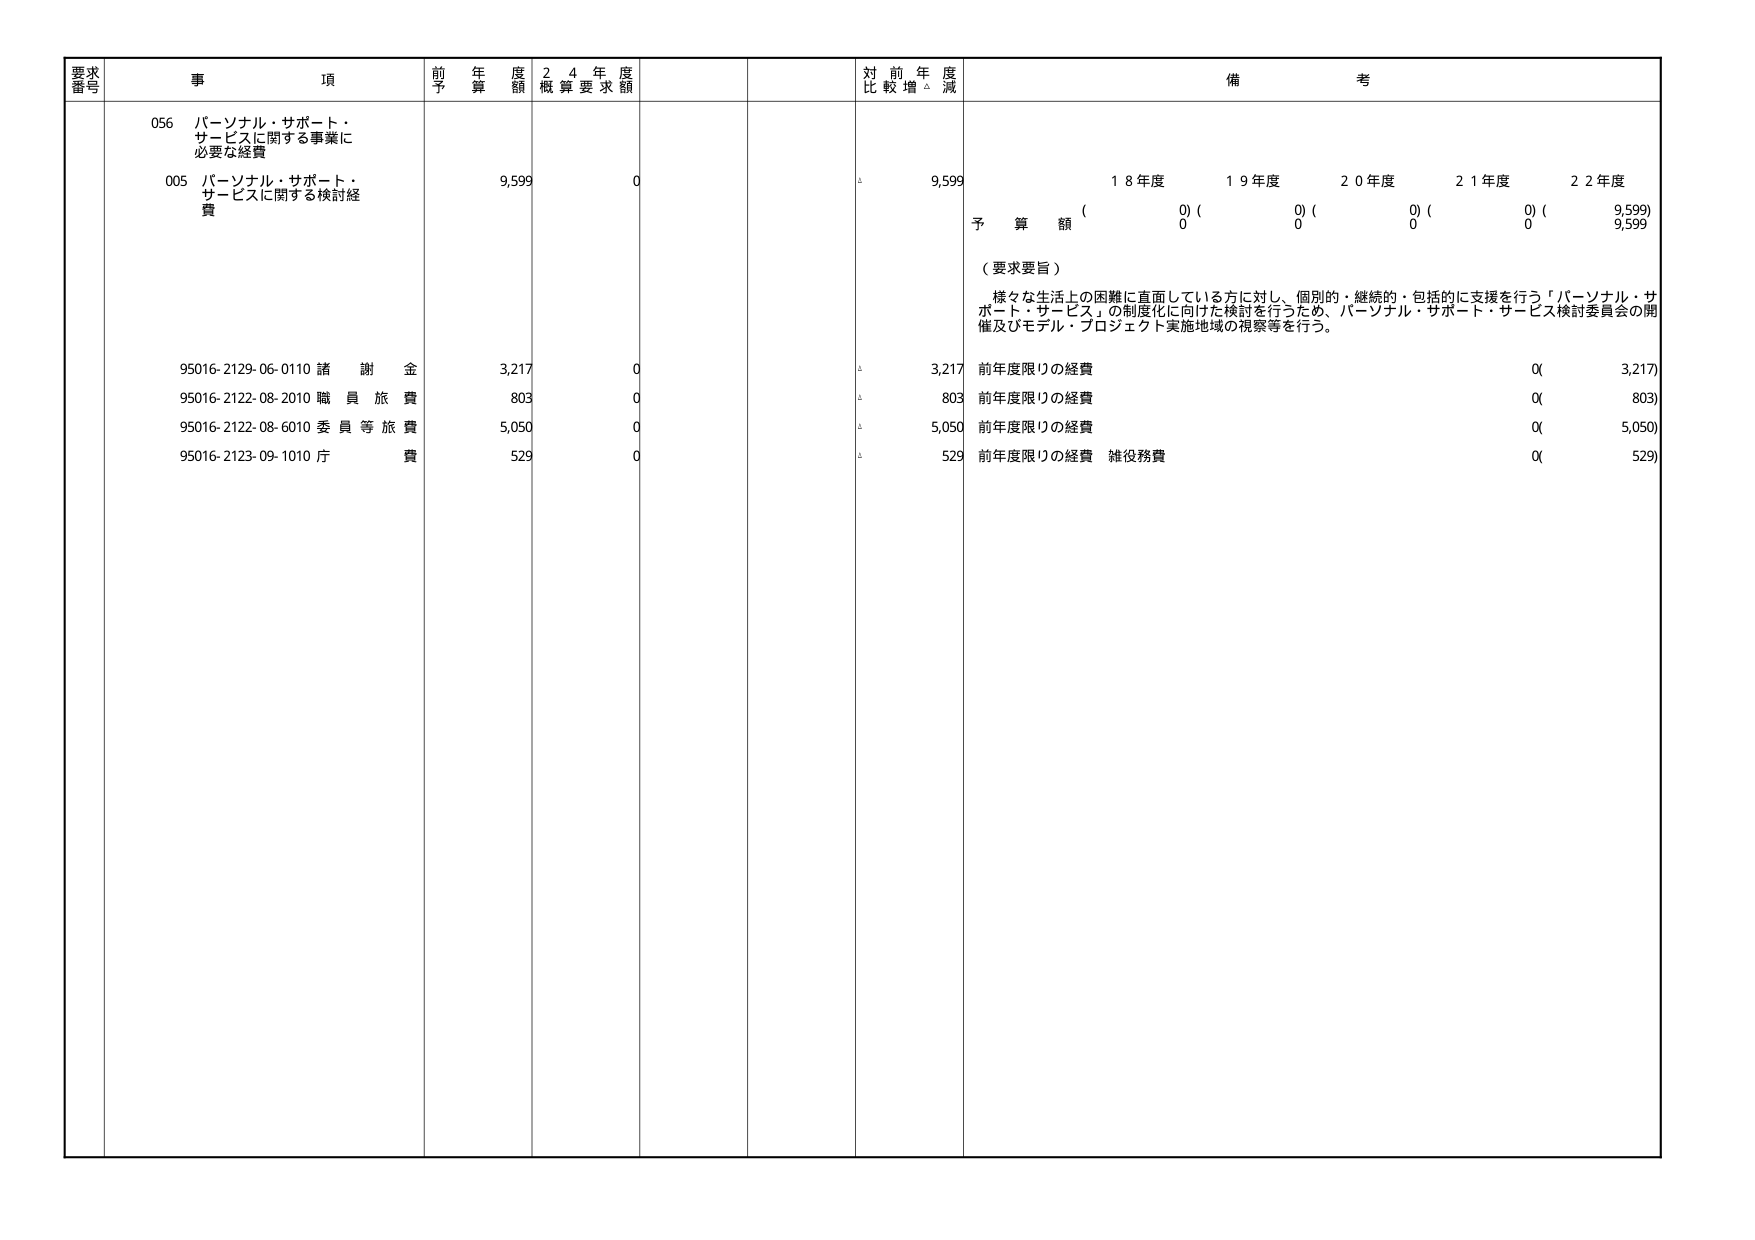
要求番号 事項 前年度予算額 24年度概算要求額 対前年度比較増減 備考
056 パーソナル・サポート・サービスに関する事業に必要な経費
005 パーソナル・サポート・サービスに関する検討経費 9,599 0 9,599
18年度 19年度 20年度 21年度 22年度
予算額 (0) (0) (0) (0) (9,599)
0 0 0 0 9,599
（要求要旨）
様々な生活上の困難に直面している方に対し、個別的・継続的・包括的に支援を行う「パーソナル・サポート・サービス」の制度化に向けた検討を行うため、パーソナル・サポート・サービス検討委員会の開催及びモデル・プロジェクト実施地域の視察等を行う。
95016-2129-06-0110 諸謝金 3,217 0 3,217 前年度限りの経費 0( 3,217)
95016-2122-08-2010 職員旅費 803 0 803 前年度限りの経費 0( 803)
95016-2122-08-6010 委員等旅費 5,050 0 5,050 前年度限りの経費 0( 5,050)
95016-2123-09-1010 庁費 529 0 529 前年度限りの経費 雑役務費 0( 529)